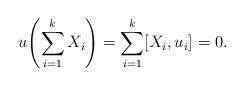
LaTeX: \begin{align*}u\!\left(\sum_{i=1}^k X_i\right)=\sum_{i=1}^k[X_i,u_i]=0.\end{align*}